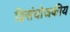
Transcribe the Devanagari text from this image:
द्विसंयोजकीय